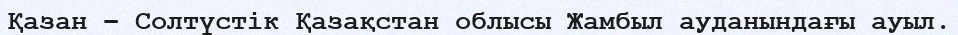
Қазан – Солтүстік Қазақстан облысы Жамбыл ауданындағы ауыл.